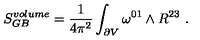
S _ { G B } ^ { v o l u m e } = { \frac { 1 } { 4 \pi ^ { 2 } } } \int _ { \partial V } \omega ^ { 0 1 } \wedge R ^ { 2 3 } \ .